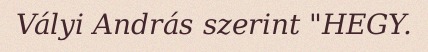
Vályi András szerint "HEGY.